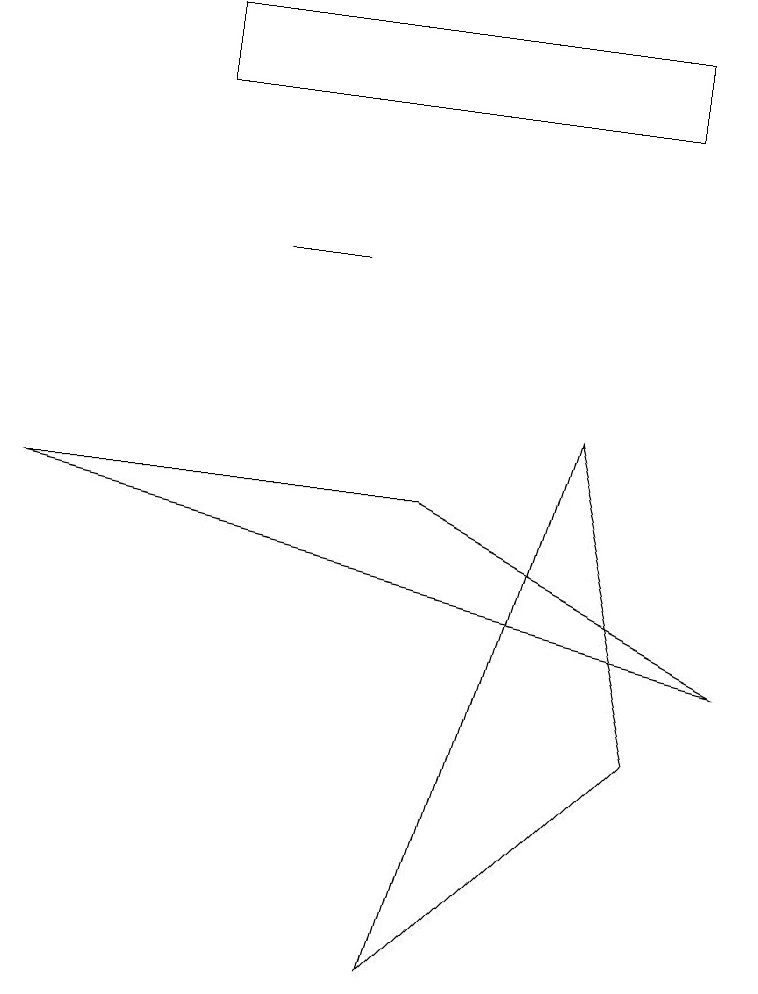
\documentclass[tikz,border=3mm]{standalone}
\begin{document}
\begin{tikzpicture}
\draw (9,5) -- (5,7) -- (0,7) -- cycle;
\draw (8,4) -- (5,1) -- (7,8) -- cycle;
\draw (4,10) rectangle (3,10);
\draw (8,12) rectangle (2,13);
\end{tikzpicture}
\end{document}